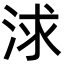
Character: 浗